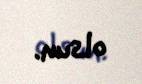
olsun.